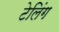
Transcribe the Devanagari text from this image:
टेलिंग